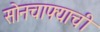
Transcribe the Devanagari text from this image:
सोनचाफ्याची